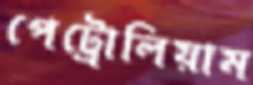
পেট্রোলিয়াম